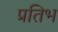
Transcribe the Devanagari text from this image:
प्रतिभ